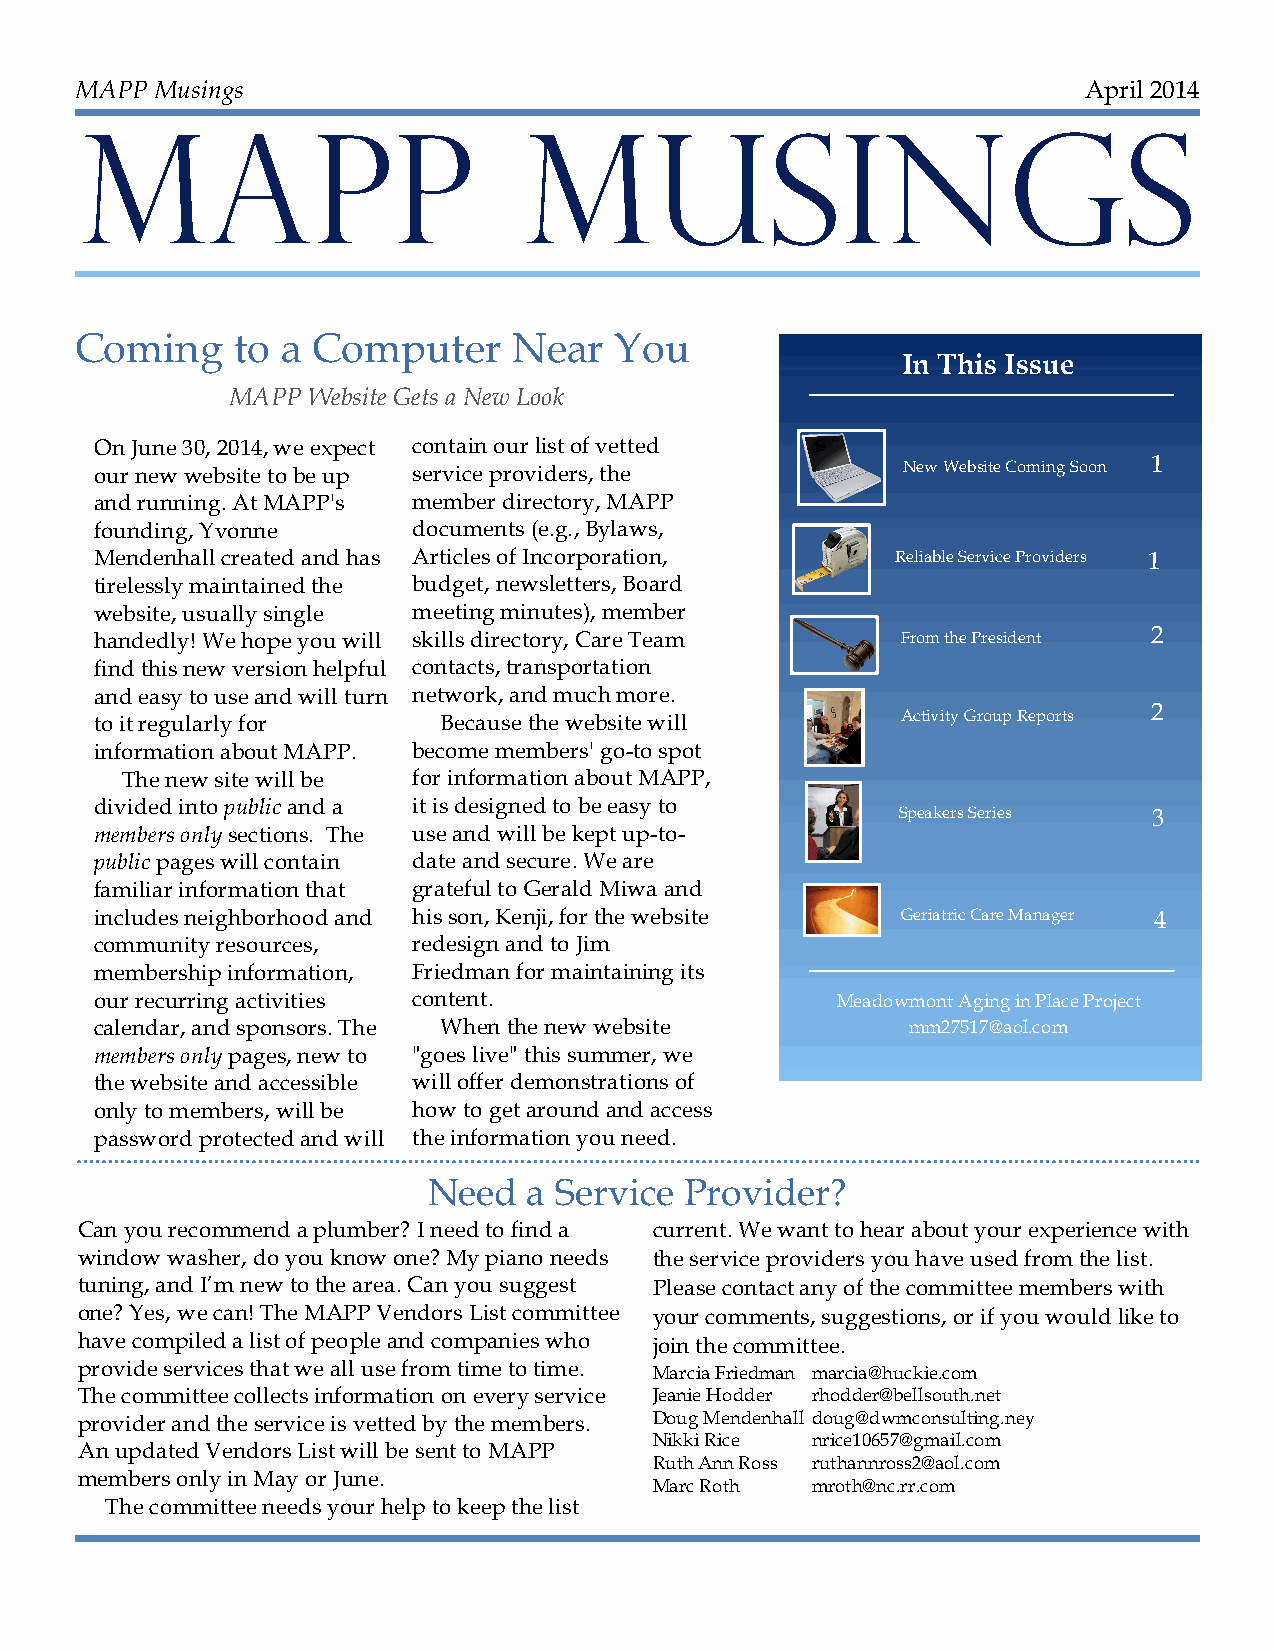
1212
 MAPP Musings                                                       April 2014
 MAPP                          MUSINGS
 Coming    to  a Computer     Near   You
 In This Issue
 MAPP Website Gets a New Look
 On June 30, 2014, we expect contain our list of vetted
 our new website to be up service providers, the       New Website Coming Soon 1
 and running. At MAPP's member directory, MAPP
 founding, Yvonne     documents (e.g., Bylaws,
 Mendenhall created and has Articles of Incorporation, Reliable Service Providers 1
 tirelessly maintained the budget, newsletters, Board
 website, usually single meeting minutes), member
 handedly! We hope you will skills directory, Care Team From the President 2
 find this new version helpful contacts, transportation
 and easy to use and will turn network, and much more.
 2
 to it regularly for    Because the website will       Activity Group Reports
 information about MAPP. become members' go-to spot
 The new site will be for information about MAPP,
 divided into public and a it is designed to be easy to
 Speakers Series  3
 members only sections. The use and will be kept up-to-
 public pages will contain date and secure. We are
 familiar information that grateful to Gerald Miwa and
 includes neighborhood and his son, Kenji, for the website Geriatric Care Manager 4
 community resources, redesign and to Jim
 membership information, Friedman for maintaining its
 our recurring activities content.                Meadowmont Aging in Place Project
 calendar, and sponsors. The When the new website      mm27517@aol.com
 members only pages, new to "goes live" this summer, we
 the website and accessible will offer demonstrations of
 only to members, will be how to get around and access
 password protected and will the information you need.
 Need   a Service Provider?
 Can you recommend a plumber? I need to find a current. We want to hear about your experience with
 window washer, do you know one? My piano needs the service providers you have used from the list.
 tuning, and I’m new to the area. Can you suggest Please contact any of the committee members with
 one? Yes, we can! The MAPP Vendors List committee your comments, suggestions, or if you would like to
 have compiled a list of people and companies who join the committee.
 provide services that we all use from time to time. Marcia Friedman marcia@huckie.com
 The committee collects information on every service Jeanie Hodder rhodder@bellsouth.net
 provider and the service is vetted by the members. Doug Mendenhall doug@dwmconsulting.ney
 Nikki Rice nrice10657@gmail.com
 An updated Vendors List will be sent to MAPP
 Ruth Ann Ross ruthannross2@aol.com
 members only in May or June.
 Marc Roth  mroth@nc.rr.com
 The committee needs your help to keep the list